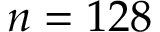
n = 1 2 8